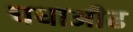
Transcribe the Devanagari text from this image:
चधाऒढ